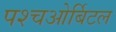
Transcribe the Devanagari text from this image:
पश्चओर्बिटल